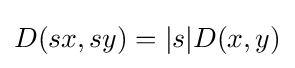
D(sx,sy)=|s|D(x,y)